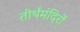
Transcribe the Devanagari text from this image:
तीर्थमंदिरों